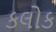
કલોક